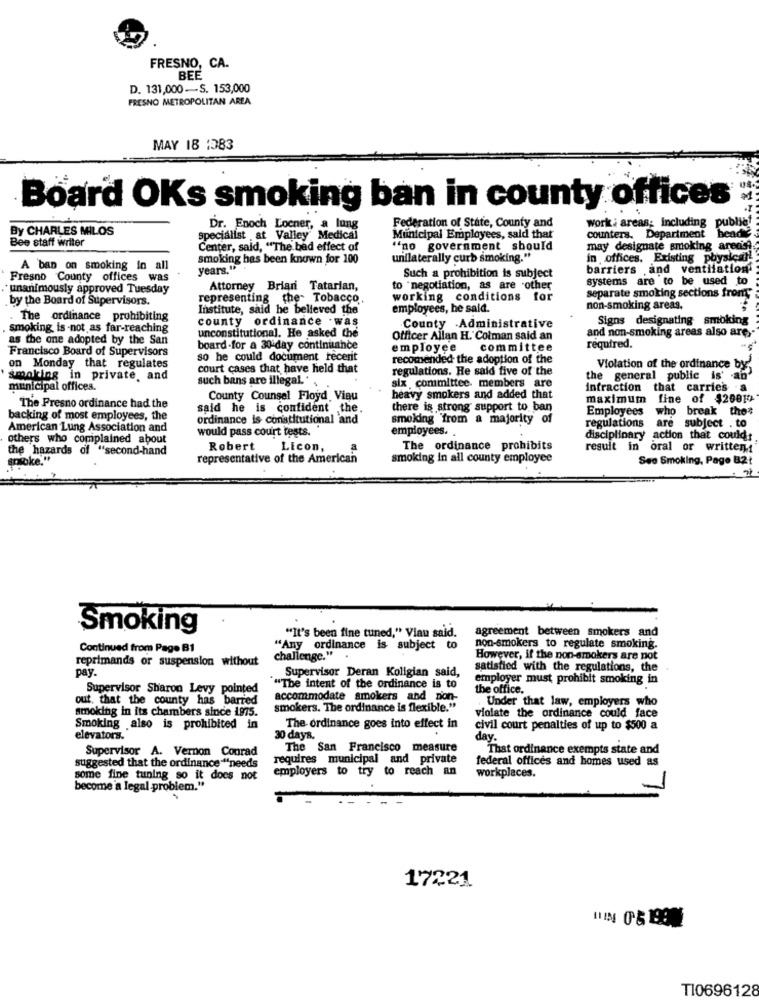
FRESNO, CA.
BEE
D. 131,000 -S. 153,000
FRESNO METROPOLITAN AREA
MAY 18 :383
Board OKs smoking ban in county offices
By CHARLES MILOS
Dr. Enoch Locner, a lung
Federation of State, County and
Work: areas; Including
Bee staff writer
specialist . at Valley" Medical
Municipal Employees, said that
counters. Department head
Center, said, "The bad effect of
"no government should
may designate smoking areas
smoking has been known for 100
unilaterally curb smoking."
in offices. Existing physical!
A ban on smoking In all
years."
barriers and ventilation.
Fresno County offices was
Such a prohibition is subject
systems are to be used to
unanimously approved Tuesday
Attorney Briani Tatarian,
to "negotiation, as are other
by the Board of Supervisors.
representing the Tobacco.
working conditions for
separate smoking sections from
Institute, said he believed the'
employees, he said.
non-smoking areas.
The ordinance prohibiting
county ordinance was
Signs designating smoking
. smoking is -not as far-reaching
unconstitutional. He asked the
County Administrative
and non-smoking areas also are ,-
as the one adopted by the San
Officer Allan H. Colman said an
Francisco Board of Supervisors
board-for a 30 day continilance
employee
committee
required.
so he could document recerit
recomended the adoption of the
on Monday that regulates
court cases that have held that
regulations. He said five of the
Violation of the ordinance by
smoking in private, and
such bans are illegal. ' ,
six committee members are
the general public is' an'
municipal offices.
Infraction that carries . a
County Counsel Floyd Viau
heavy smokers and added that
maximum fine of $20010
The Presno ordinance had the
said he is confident the
there is strong support to ban
Employees
who break the#
backing of most employees, the
ordinance is constitutional and
smoking from a majority of
are subject . to
American Lung Association and
would pass court tests.
employees ..
regulations
others who complained about
disciplinary action that couldt
the hazards of "second-hand
Robert
Licon,
The ordinance prohibits
result in oral or written:'
grawoke."
representative of the American
smoking in all county employee
Seo Smoking, Page 82
Smoking
agreement between smokers and
"It's been fine tuned," Viau said.
Continued from Page B1
"Any ordinance is subject to
non-smokers to regulate smoking.
reprimands or suspension without
challenge."
However, if the non-smokers are not
pay.
Supervisor Deran Koligian said,
satisfied with the regulations, the
employer must prohibit smoking in
Supervisor Sharon Levy pointed
"The intent of the ordinance is to
the office.
out, that the county has barred
accommodate smokers and non-
Under that law, employers who
smoking in its chambers since 1975.
smokers. The ordinance is flexible."
violate the ordinance could face
Smoking also is prohibited in
The ordinance goes into effect in
civil court penalties of up to $500 a
elevators.
30 days.
day.
Supervisor A. Vernon Conrad
The San Francisco measure
That ordinance exempts state and
requires municipal and private
federal offices and homes used as
suggested that the ordinance"needs
employers to try to reach an
some fine tuning so it does not
workplaces.
become a legal problem."
17221
T10696128